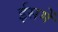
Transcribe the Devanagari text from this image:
ईसमें